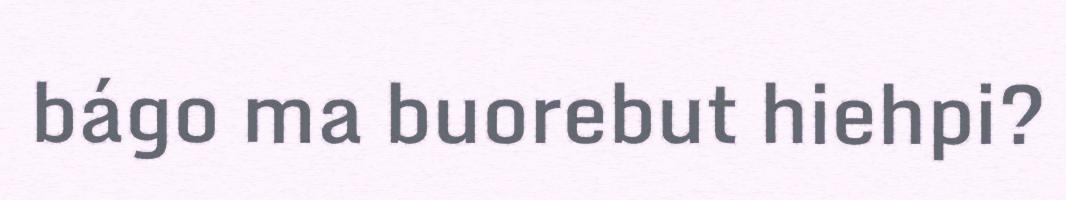
bágo ma buorebut hiehpi?